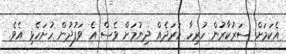
އެކަމަށް ސަރުކާރުން ހުރިހާ ހަރަދެއް ދިނުމަށް ވެސް އެ ވަފުދުން ހުށަހެޅި އެވެ.